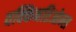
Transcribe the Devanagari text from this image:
वक्किनतिओन्स